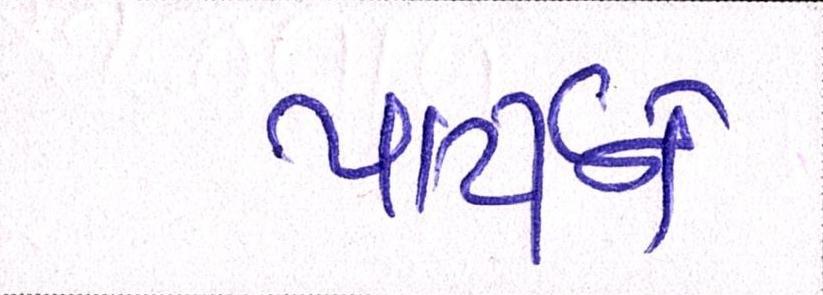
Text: પાર્ટીને